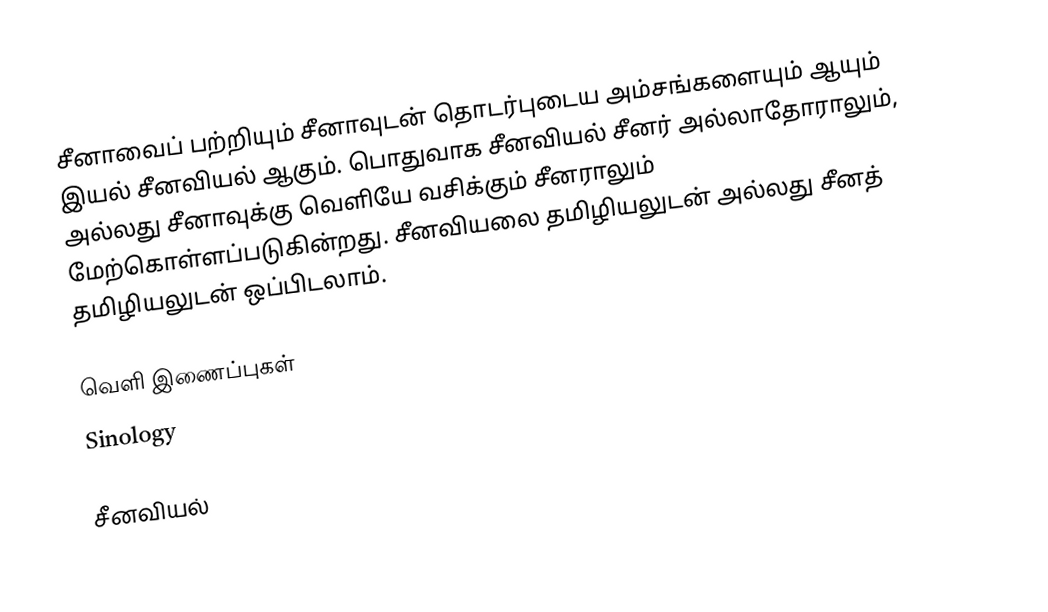
சீனாவைப் பற்றியும் சீனாவுடன் தொடர்புடைய அம்சங்களையும் ஆயும் இயல் சீனவியல் ஆகும்.  பொதுவாக சீனவியல் சீனர் அல்லாதோராலும், அல்லது சீனாவுக்கு வெளியே வசிக்கும் சீனராலும் மேற்கொள்ளப்படுகின்றது.  சீனவியலை தமிழியலுடன் அல்லது சீனத் தமிழியலுடன் ஒப்பிடலாம்.

வெளி இணைப்புகள்
 Sinology

சீனவியல்